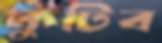
কুটিব